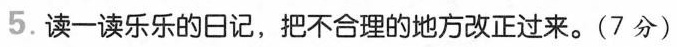
5.读一读乐乐的日记，把不合理的地方改正过来。(7分)